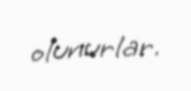
olunurlar.